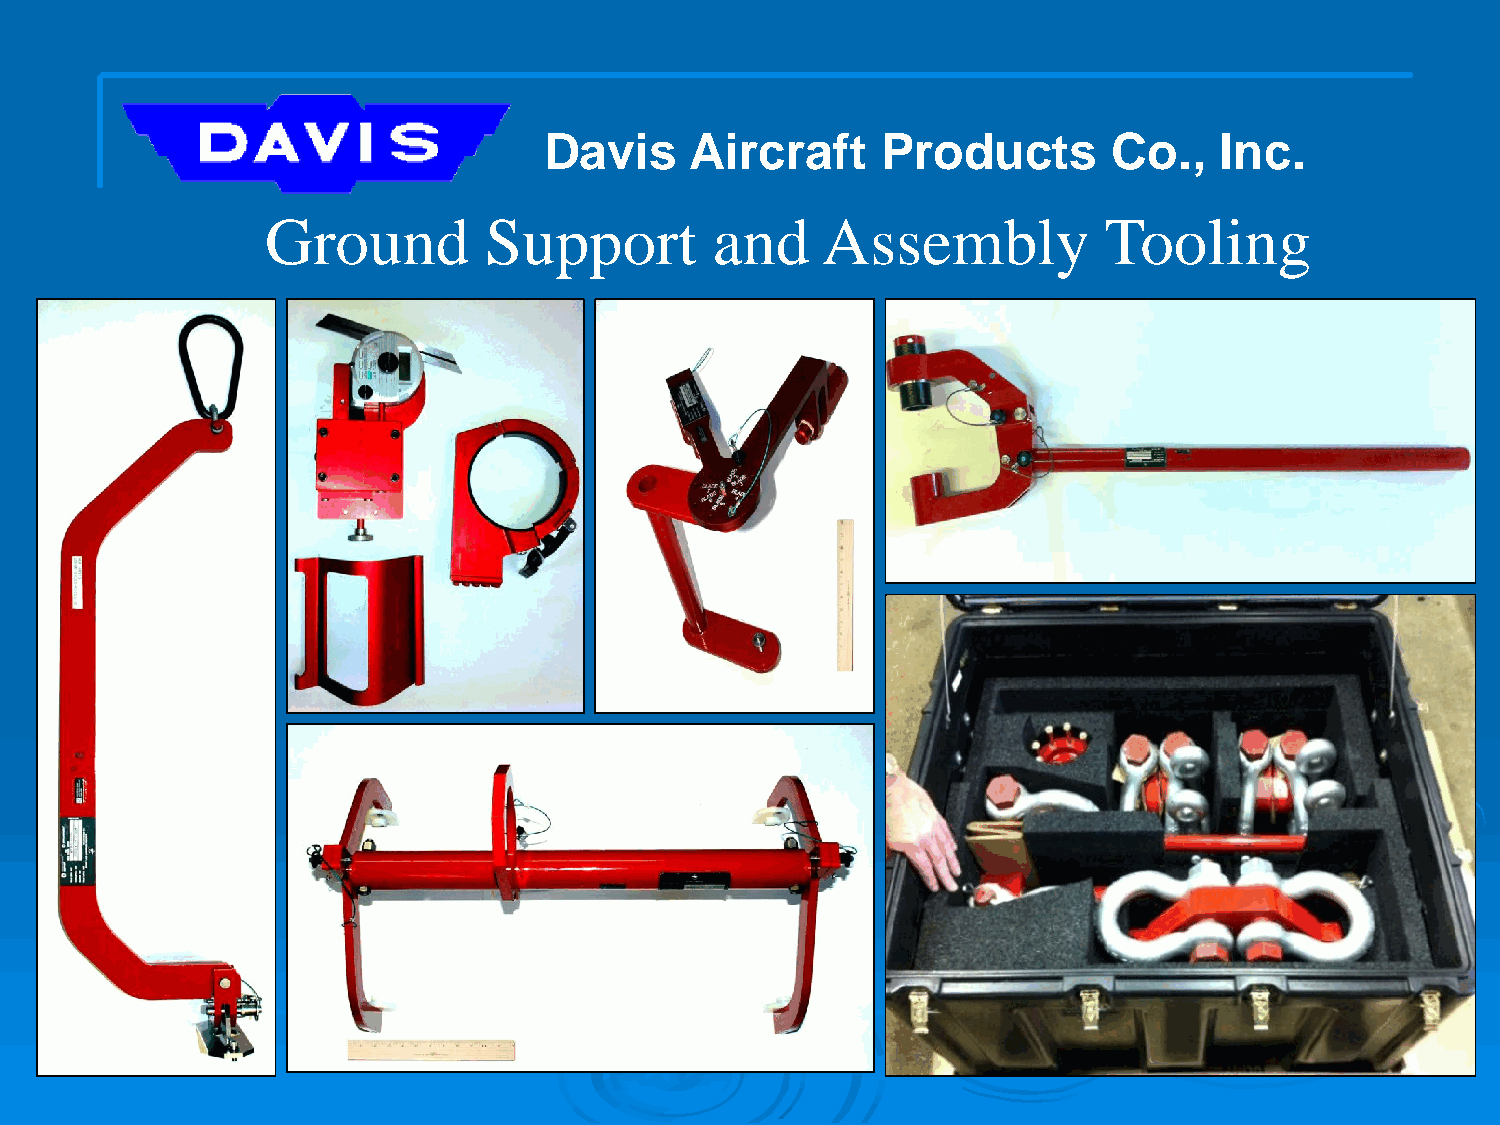
Davis     Aircraft    Products        Co.,   Inc.
 Ground        Support        and    Assembly           Tooling